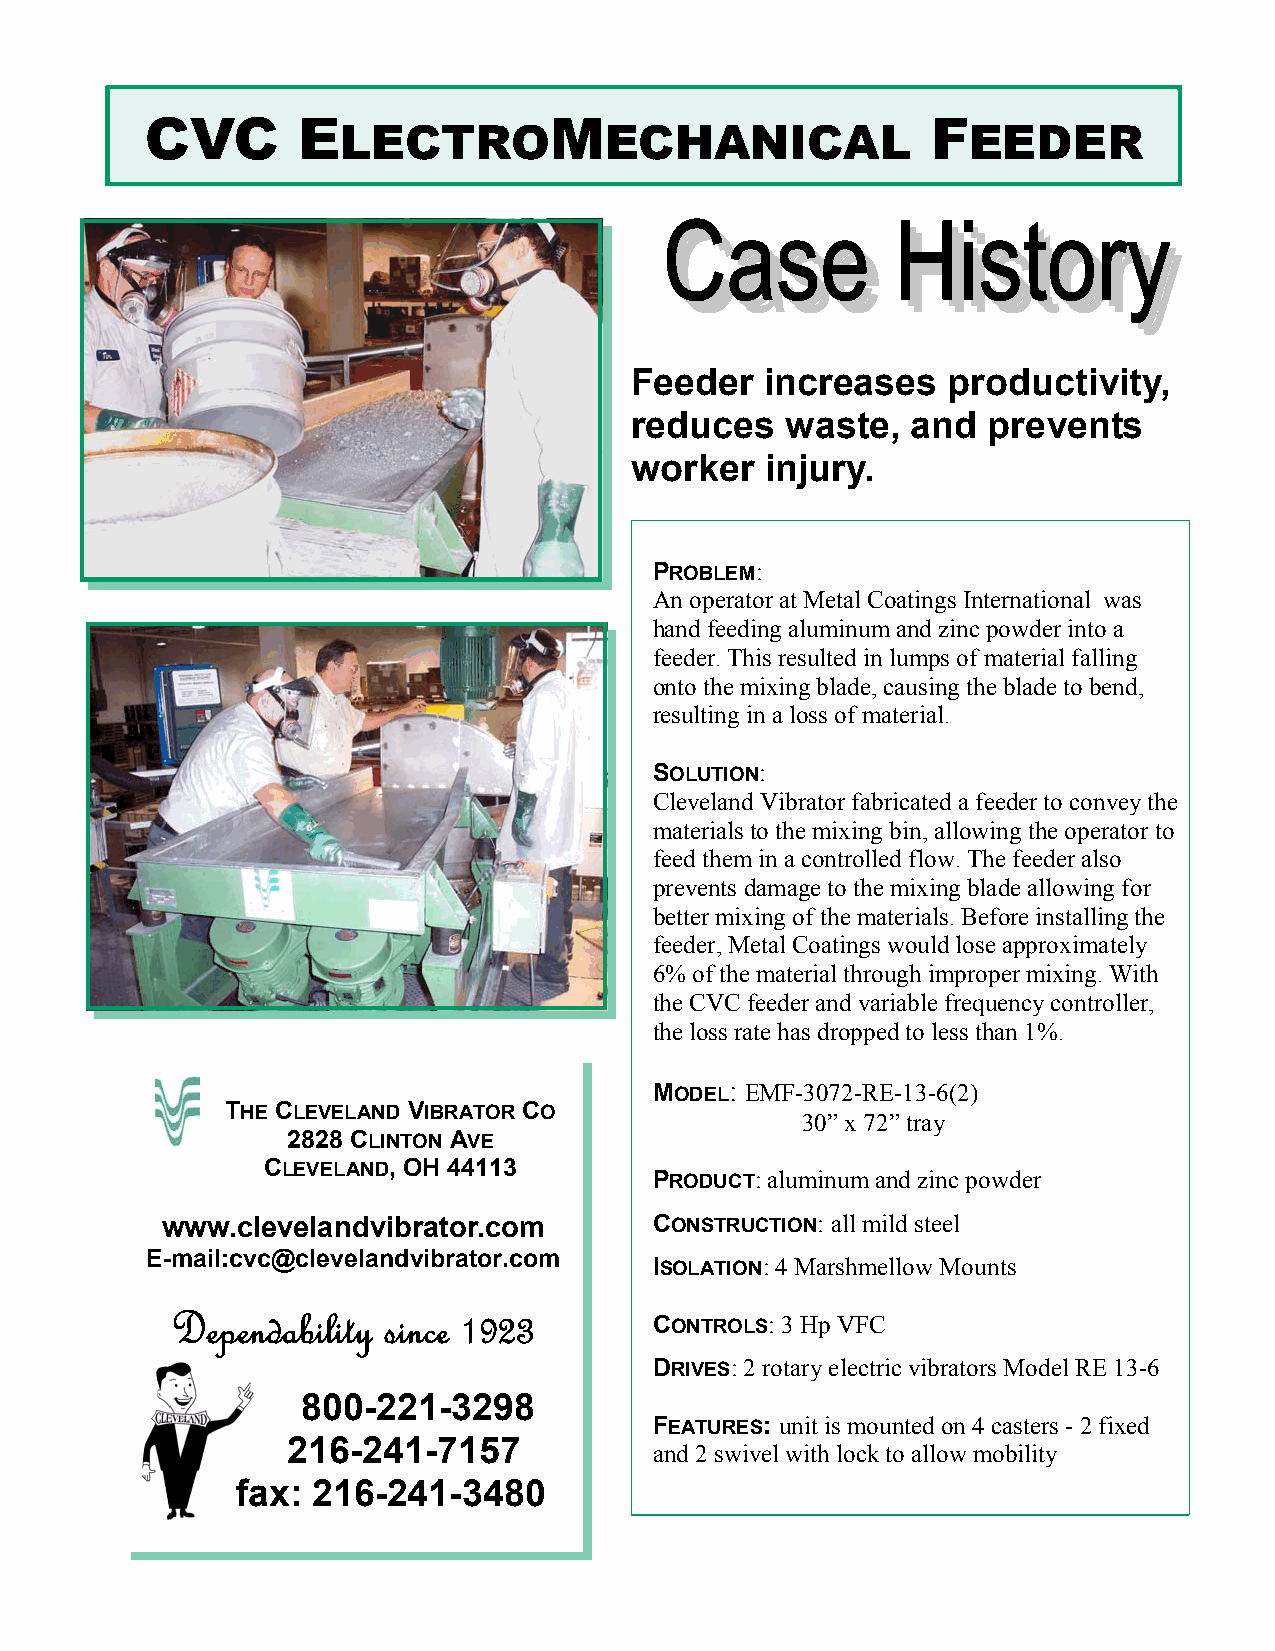
CVC       E               M                         F
 LECTRO           ECHANICAL               EEDER
 Feeder   increases   productivity,
 reduces   waste,  and  prevents
 worker   injury.
 PROBLEM:
 An operator at Metal Coatings International was
 hand feeding aluminum and zinc powder into a
 feeder. This resulted in lumps of material falling
 onto the mixing blade, causing the blade to bend,
 resulting in a loss of material.
 SOLUTION:
 Cleveland Vibrator fabricated a feeder to convey the
 materials to the mixing bin, allowing the operator to
 feed them in a controlled flow. The feeder also
 prevents damage to the mixing blade allowing for
 better mixing of the materials. Before installing the
 feeder, Metal Coatings would lose approximately
 6% of the material through improper mixing. With
 the CVC feeder and variable frequency controller,
 the loss rate has dropped to less than 1%.
 MODEL: EMF-3072-RE-13-6(2)
 THE CLEVELAND VIBRATOR CO
 30” x 72” tray
 2828 CLINTON AVE
 CLEVELAND, OH 44113
 PRODUCT: aluminum and zinc powder
 www.clevelandvibrator.com       CONSTRUCTION: all mild steel
 E-mail:cvc@clevelandvibrator.com
 ISOLATION: 4 Marshmellow Mounts
 Dependability since 1923        CONTROLS: 3 Hp VFC
 DRIVES: 2 rotary electric vibrators Model RE 13-6
 800-221-3298
 FEATURES: unit is mounted on 4 casters - 2 fixed
 216-241-7157
 and 2 swivel with lock to allow mobility
 fax: 216-241-3480